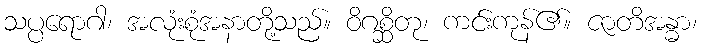
သပ္ပရောဂါ၊ အလုံးစုံအနာတို့သည်။ ဝိဂစ္ဆိတု၊ ကင်းကုန်၏။ ဇာတိအန္ဓာ၊